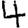
Digit: 4